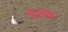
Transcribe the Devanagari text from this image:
गौरवके